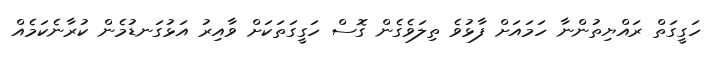
ހަގީގަތް ރައްޔިތުންނާ ހަމައަށް ފާޅުވެ ތިލަވެގެން ގޮސް ހަގީގަތަކަށް ވާއިރު އަޅުގަނޑުމެން ކުރާނެކަމެއް